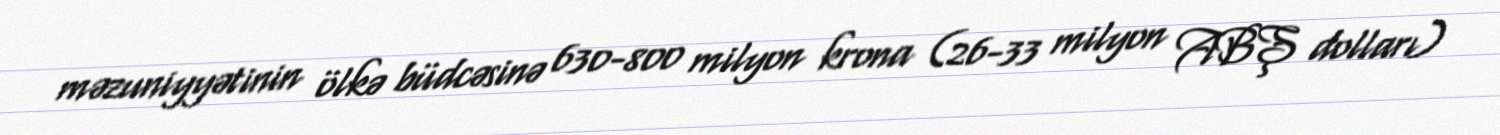
məzuniyyətinin ölkə büdcəsinə 630-800 milyon krona (26-33 milyon ABŞ dolları)